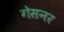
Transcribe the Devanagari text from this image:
गेसनर